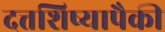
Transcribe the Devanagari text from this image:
दत्तशिष्यापैकी